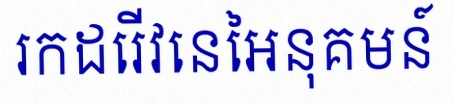
រកដេរីវេនៃអនុគមន៍